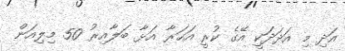
އަދި މި އަދަދަކީ އޭގެ ކުރީ އަހަރާ އަޅާ ބަލާއިރު 50 މިލިއަން